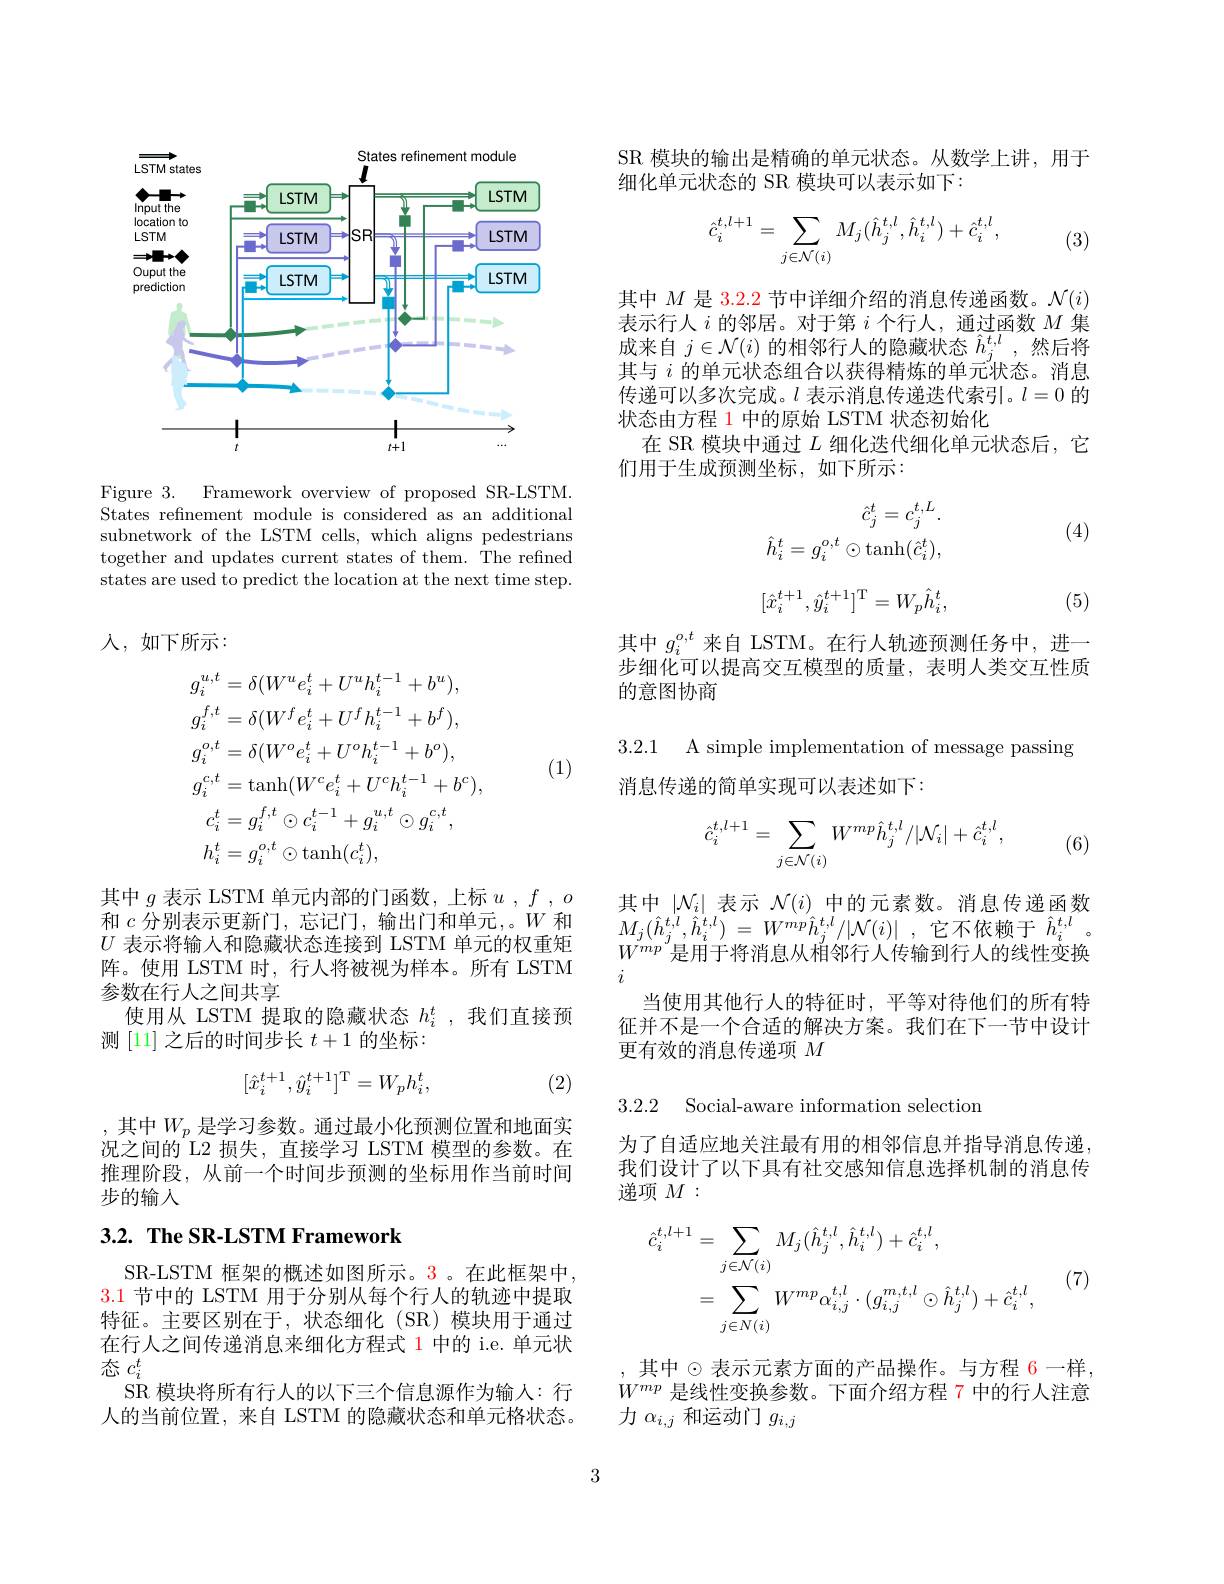
<FigureHere>

Figure 3. Framework overview of proposed SR-LSTM. States refinement module is considered as an additional subnetwork of the LSTM cells, which aligns pedestrians together and updates current states of them. The refined states are used to predict the location at the next time step.

## $\lambda $, 如下所示：
$$\begin{aligned}&g_{i}^{u,t}=\delta(W^{u}e_{i}^{t}+U^{u}h_{i}^{t-1}+b^{u}),\\&g_{i}^{f,t}=\delta(W^{f}e_{i}^{t}+U^{f}h_{i}^{t-1}+b^{f}),\\&g_{i}^{o,t}=\delta(W^{o}e_{i}^{t}+U^{o}h_{i}^{t-1}+b^{o}),\\&g_{i}^{c,t}=\mathrm{tanh}(W^{c}e_{i}^{t}+U^{c}h_{i}^{t-1}+b^{c}),\\&c_{i}^{t}=g_{i}^{f,t}\odot c_{i}^{t-1}+g_{i}^{u,t}\odot g_{i}^{c,t},\\&h_{i}^{t}=g_{i}^{o,t}\odot\mathrm{tanh}(c_{i}^{t}),\end{aligned}$$
(1)

其中$g$表示 LSTM 单元内部的门函数，上标$u,f,o$ 和$c$分别表示更新门，忘记门，输出门和单元，。$W$和$U$表示将输人和隐藏状态连接到 LSTM 单元的权重矩阵。使用 LSTM 时，行人将被视为样本。所有 LSTM 参数在行人之间共享
使用从 LSTM 提取的隐藏状态$h_i^t$ ,我们直接预
测[11]之后的时间步长$t+1$的坐标：
$$[\hat{x}_i^{t+1},\hat{y}_i^{t+1}]^\mathrm{T}=W_ph_i^t,$$
(2)

,其中$W_p$ 是学习参数。通过最小化预测位置和地面实况之间的 L2 损失，直接学习 LSTM 模型的参数。在推理阶段，从前一个时间步预测的坐标用作当前时间步的输入

## $3. 2. \textbf{ The SR- LSTM Framework}$

SR-LSTM 框架的概述如图所示。3。在此框架中， 3.1节中的 LSTM 用于分别从每个行人的轨迹中提取特征。主要区别在于，状态细化(SR)模块用于通过在行人之间传递消息来细化方程式 1 中的 i.e. 单元状态$c_i^t$
SR 模块将所有行人的以下三个信息源作为输人：行人的当前位置，来自 LSTM 的隐藏状态和单元格状态。

SR 模块的输出是精确的单元状态。从数学上讲，用于
细化单元状态的 SR 模块可以表示如下：
$$\hat{c}_i^{t,l+1}=\sum\limits_{j\in\mathcal{N}(i)}M_j(\hat{h}_j^{t,l},\hat{h}_i^{t,l})+\hat{c}_i^{t,l},$$
(3)

其中$M$是 3.2.2 节中详细介绍的消息传递函数。$\mathcal{N}(i)$ 表示行人$i$的邻居。对于第$i$个行人，通过函数$M$集成来自$j\in\mathcal{N}(i)$的相邻行人的隐藏状态$\hat{h}_j^{t,l}$ ,然后将其与$i$的单元状态组合以获得精炼的单元状态。消息传递可以多次完成。$l$表示消息传递迭代索引。$l=0$的状态由方程 1 中的原始 LSTM 状态初始化
在 SR 模块中通过$L$细化迭代细化单元状态后，它
们用于生成预测坐标，如下所示：

(4)
$$\begin{aligned}\hat{c}_j^t=c_j^{t,L}.\\\hat{h}_i^t=g_i^{o,t}\odot\mathrm{tanh}(\hat{c}_i^t),\end{aligned}$$
$$[\hat{x}_{i}^{t+1},\hat{y}_{i}^{t+1}]^{\mathrm{T}}=W_{p}\hat{h}_{i}^{t},$$
(5)

其中$g_i^{o,t}$来自 LSTM。在行人轨迹预测任务中，进一步细化可以提高交互模型的质量，表明人类交互性质的意图协商

3.2.1 A simple implementation of message passing
消息传递的简单实现可以表述如下：
$$\hat c_i^{t,l+1}=\sum\limits_{j\in\mathcal N(i)}W^{mp}\hat h_j^{t,l}/|\mathcal N_i|+\hat c_i^{t,l},$$
(6)

其中$|\mathcal{N}_i|$表示$\mathcal{N}(i)$中的元素数。消息传递函数$M_{j}( \hat{h} _{j}^{t, l}, \hat{h} _{i}^{t, l})$ = $W^{mp}\hat{h} _{j}^{t, l}/ | \mathcal{N} ( i) |$ ,它不依赖于 $\hat{h}_{i}^{t,l}$ $W^{mp}$是用于将消息从相邻行人传输到行人的线性变换
当使用其他行人的特征时，平等对待他们的所有特征并不是一个合适的解决方案。我们在下一节中设计更有效的消息传递项$M$

3.2.2 Social-aware information selection

为了自适应地关注最有用的相邻信息并指导消息传递， 我们设计了以下具有社交感知信息选择机制的消息传递项$M:$
$$\begin{aligned}\hat{c}_{i}^{t,l+1}&=\sum_{j\in\mathcal{N}(i)}M_{j}(\hat{h}_{j}^{t,l},\hat{h}_{i}^{t,l})+\hat{c}_{i}^{t,l},\\&=\sum_{j\in N(i)}W^{mp}\alpha_{i,j}^{t,l}\cdot(g_{i,j}^{m,t,l}\odot\hat{h}_{j}^{t,l})+\hat{c}_{i}^{t,l},\end{aligned}$$
(7)

其中$\odot$表示元素方面的产品操作。与方程 6一样， $W^{mp}$是线性变换参数。下面介绍方程 7 中的行人注意力$\alpha_{i,j}$和运动门$g_i,j$

3